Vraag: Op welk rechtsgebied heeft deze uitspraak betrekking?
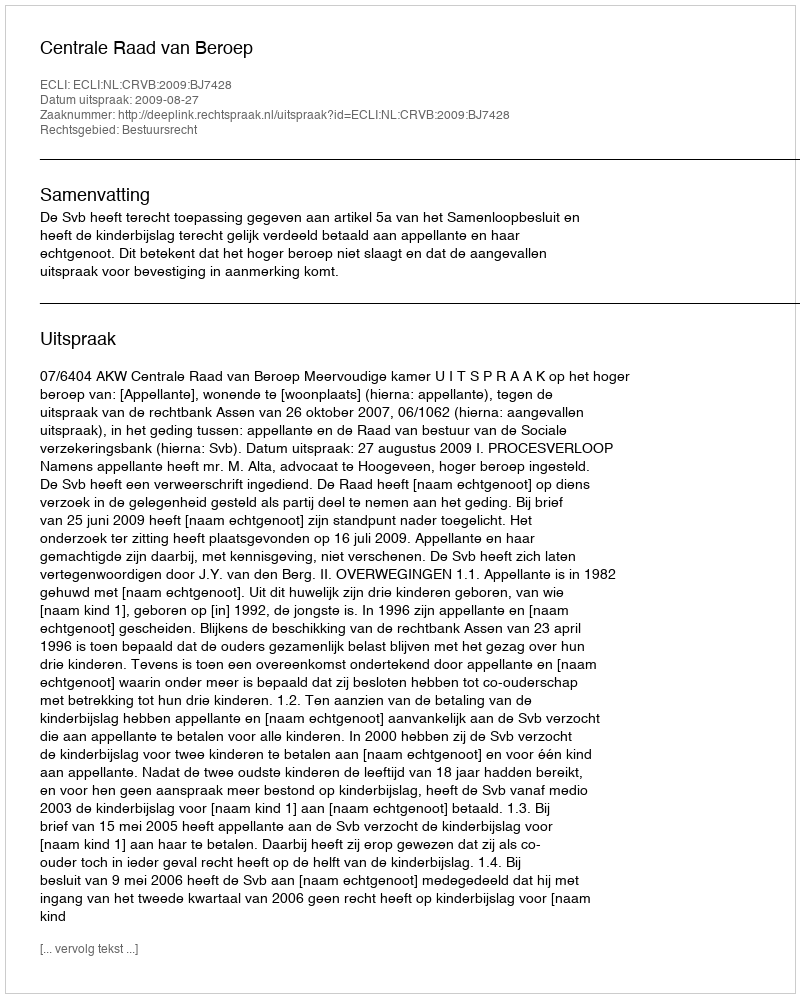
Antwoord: Bestuursrecht